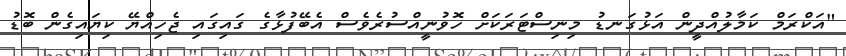
"އަކްރަމް ކަމާލުއްދީން އަޅުގަނޑު މިނިސްޓަރަކަށް ހޮވުނީއްސުރެވެސް އެބޭފުޅާގެ ގައިގައި ޖެހިއްޔޭ ކިޔައިގެން ބޮޑު